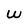
Character: w